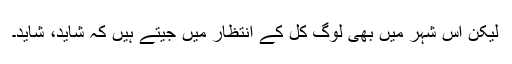
لیکن اس شہر میں بھی لوگ کل کے انتظار میں جیتے ہیں کہ شاید، شاید۔